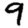
Digit: 9